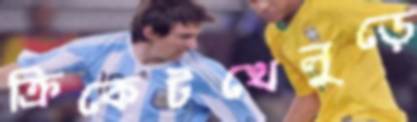
ক্রিকেটখেলুড়ে